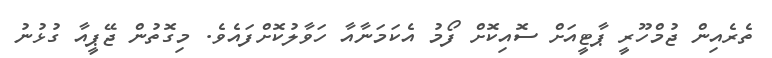
ތެރެއިން ޖުމްހޫރީ ޕާޓީއަށް ސޮއިކޮށް ފޯމު އެކަމަނާއާ ހަވާލުކޮށްފައެވެ. މިގޮތުން ޖޭޕީއާ ގުޅުނު